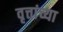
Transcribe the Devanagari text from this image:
वृत्तांच्या